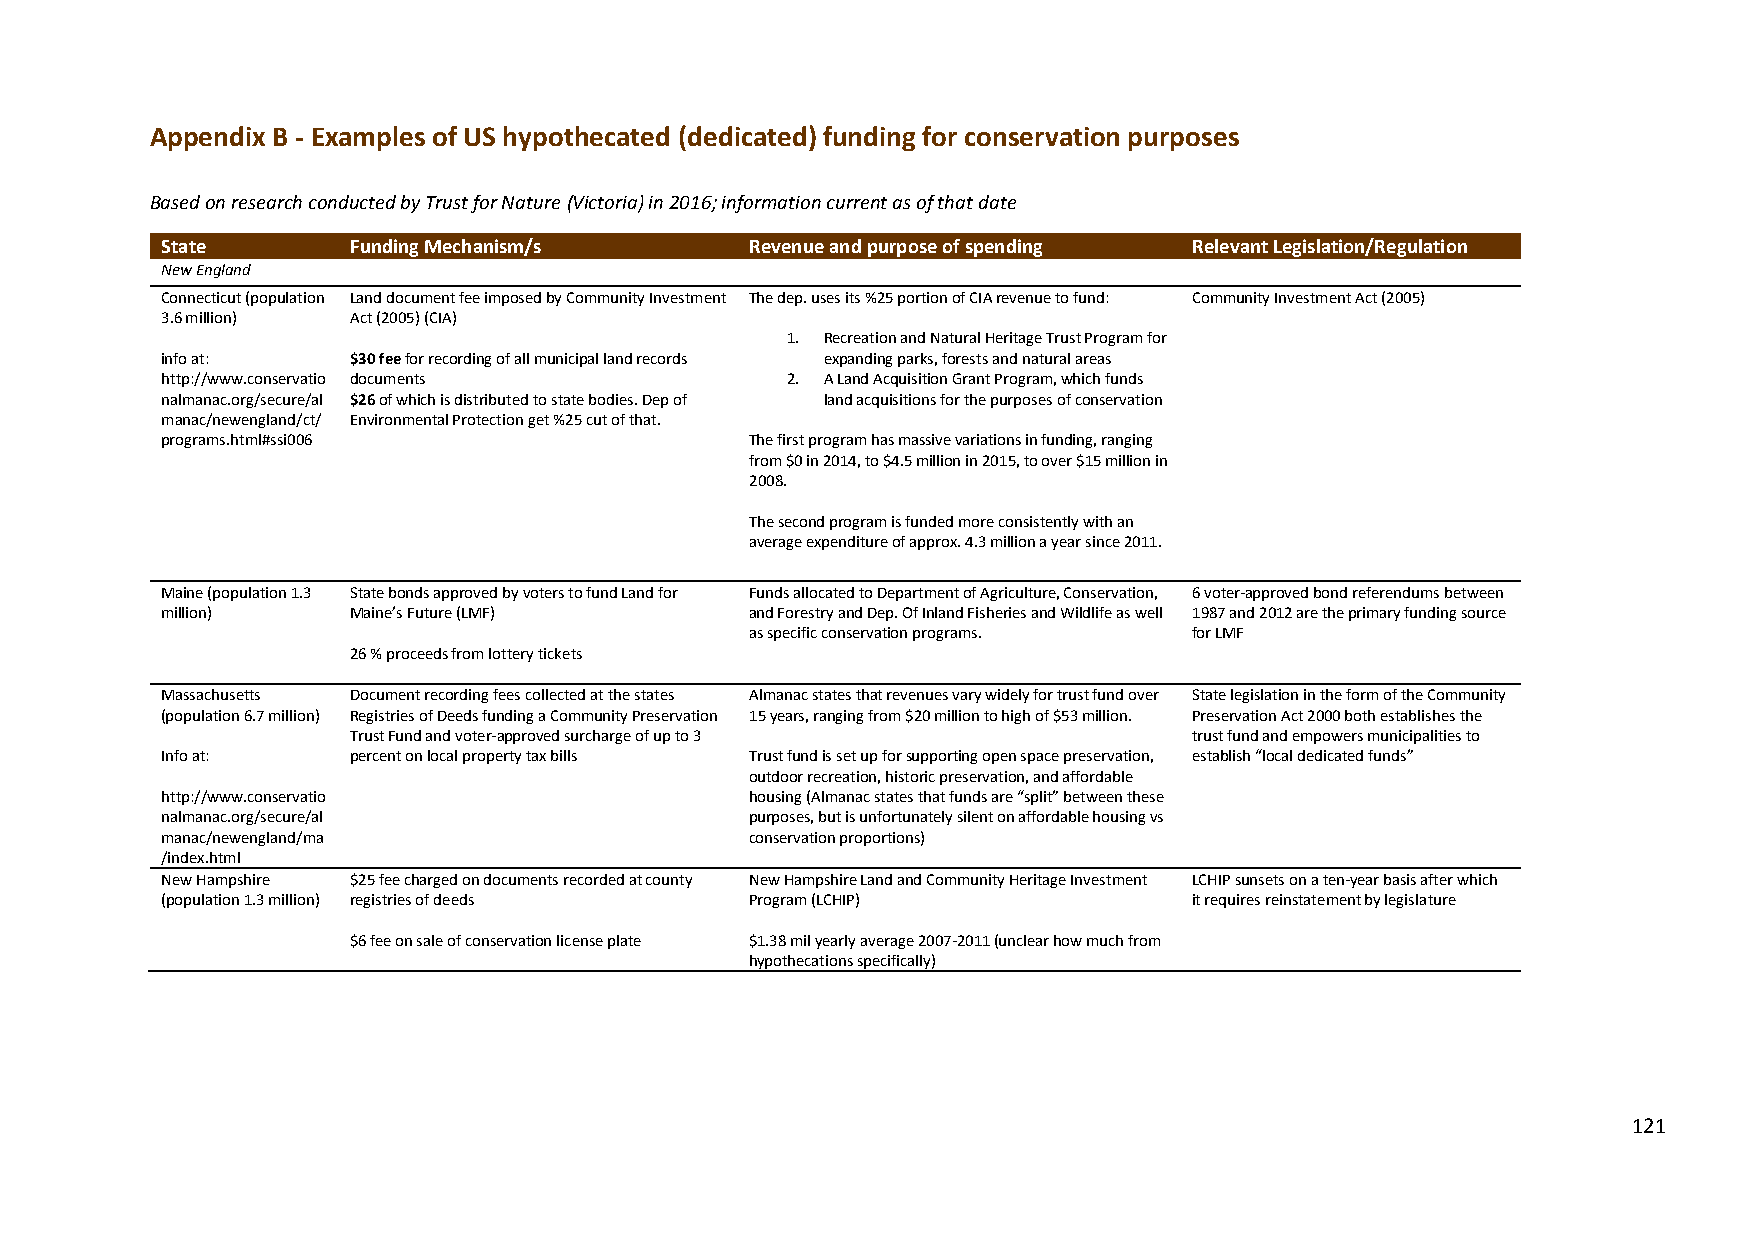
Appendix B - Examples of US hypothecated (dedicated) funding for conservation purposes
 Based on research conducted by Trust for Nature (Victoria) in 2016; information current as of that date
 State       Funding Mechanism/s        Revenue and purpose of spending Relevant Legislation/Regulation
 New England
 Connecticut (population Land document fee imposed by Community Investment The dep. uses its %25 portion of CIA revenue to fund: Community Investment Act (2005)
 3.6 million) Act (2005) (CIA)
 1. Recreation and Natural Heritage Trust Program for
 info at:    $30 fee for recording of all municipal land records expanding parks, forests and natural areas
 http://www.conservatio documents         2. A Land Acquisition Grant Program, which funds
 nalmanac.org/secure/al $26 of which is distributed to state bodies. Dep of land acquisitions for the purposes of conservation
 manac/newengland/ct/ Environmental Protection get %25 cut of that.
 programs.html#ssi006                   The first program has massive variations in funding, ranging
 from $0 in 2014, to $4.5 million in 2015, to over $15 million in
 2008.
 The second program is funded more consistently with an
 average expenditure of approx. 4.3 million a year since 2011.
 Maine (population 1.3 State bonds approved by voters to fund Land for Funds allocated to Department of Agriculture, Conservation, 6 voter-approved bond referendums between
 million)    Maine’s Future (LMF)       and Forestry and Dep. Of Inland Fisheries and Wildlife as well 1987 and 2012 are the primary funding source
 as specific conservation programs. for LMF
 26 % proceeds from lottery tickets
 Massachusetts Document recording fees collected at the states Almanac states that revenues vary widely for trust fund over State legislation in the form of the Community
 (population 6.7 million) Registries of Deeds funding a Community Preservation 15 years, ranging from $20 million to high of $53 million. Preservation Act 2000 both establishes the
 Trust Fund and voter-approved surcharge of up to 3      trust fund and empowers municipalities to
 Info at:    percent on local property tax bills Trust fund is set up for supporting open space preservation, establish “local dedicated funds”
 outdoor recreation, historic preservation, and affordable
 http://www.conservatio                 housing (Almanac states that funds are “split” between these
 nalmanac.org/secure/al                 purposes, but is unfortunately silent on affordable housing vs
 manac/newengland/ma                    conservation proportions)
 /index.html
 New Hampshire $25 fee charged on documents recorded at county New Hampshire Land and Community Heritage Investment LCHIP sunsets on a ten-year basis after which
 (population 1.3 million) registries of deeds Program (LCHIP)        it requires reinstatement by legislature
 $6 fee on sale of conservation license plate $1.38 mil yearly average 2007-2011 (unclear how much from
 hypothecations specifically)
 121